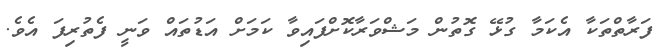
ފަރާތްތަކާ އެކަމާ ގުޅޭ ގޮތުން މަޝްވަރާކޮށްފައިވާ ކަމަށް އަޑުތައް ވަނީ ފެތުރިފަ އެވެ.